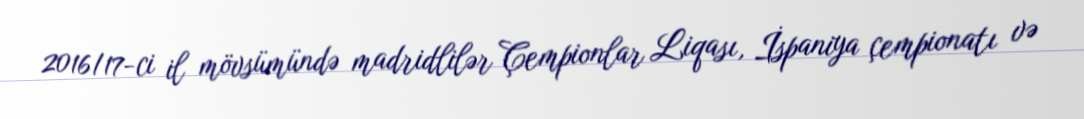
2016/17-ci il mövsümündə madridlilər Çempionlar Liqası, İspaniya çempionatı və